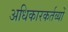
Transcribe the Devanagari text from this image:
अधिकारकर्तव्यों